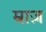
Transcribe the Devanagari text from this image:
म्राज़